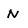
Character: N